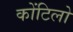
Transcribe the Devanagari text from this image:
कोंटिलो